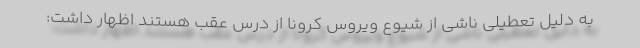
به دلیل تعطیلی‌ ناشی از شیوع ویروس کرونا از درس عقب هستند اظهار داشت: